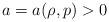
LaTeX: \begin{align*}a=a(\rho,p) >0\end{align*}